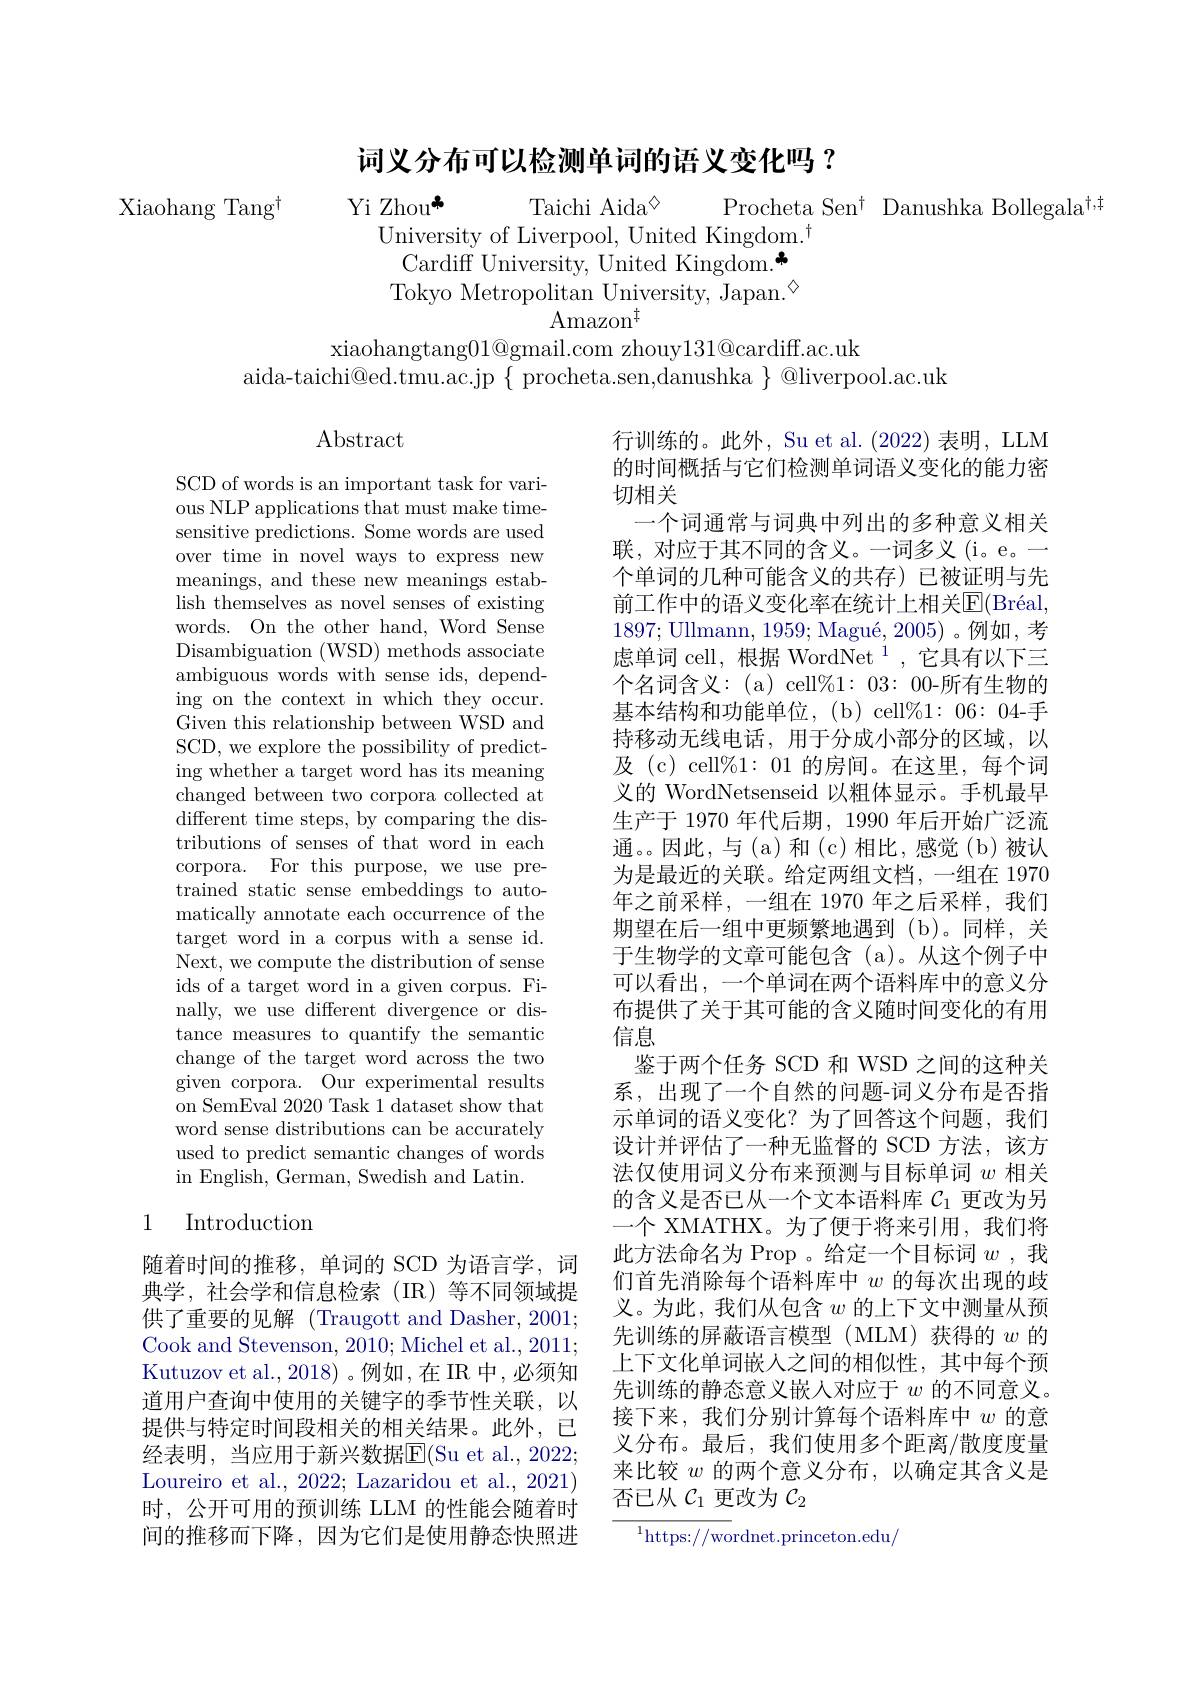
# 词义分布可以检测单词的语义变化吗？

Xiaohang Tang$^{\dagger}$

Yi Zhou* Taichi Aida◇ Procheta Sen$^{\dagger}$ Danushka Bollegala$^{\dagger,\dagger}$
University of Liverpool, United Kingdom.$^{\dagger}$
Cardiff University, United Kingdom.* Tokyo Metropolitan University, Japan.$^{\textcircled{\mathrm{m}}}$
$\operatorname{Amazon}^{\ddagger}$
xiaohangtang$01@$gmail.com zhouy$131@$cardiff.ac.uk
aida-taichi@ed.tmu.ac.jp$\{$procheta.sen,danushka$\}$@liverpool.ac.uk

$\operatorname{Abstract}$

SCD of words is an important task for various NLP applications that must make timesensitive predictions. Some words are used over time in novel ways to express new meanings, and these new meanings establish themselves as novel senses of existing words. On the other hand, Word Sense Disambiguation (WSD) methods associate ambiguous words with sense ids, depending on the context in which they occur. Given this relationship between WSD and SCD, we explore the possibility of predicting whether a target word has its meaning changed between two corpora collected at different time steps, by comparing the distributions of senses of that word in each corpora. For this purpose, we use pretrained static sense embeddings to automatically annotate each occurrence of the target word in a corpus with a sense id. Next, we compute the distribution of sense ids of a target word in a given corpus. Finally, we use different divergence or distance measures to quantify the semantic change of the target word across the two given corpora. Our experimental results on SemEval 2020 Task 1 dataset show that word sense distributions can be accurately used to predict semantic changes of words in English, German, Swedish and Latin.

行训练的。此外，Su et al. (2022) 表明，LLM 的时间概括与它们检测单词语义变化的能力密切相关
一个词通常与词典中列出的多种意义相关联，对应于其不同的含义。一词多义(i。e。一个单词的几种可能含义的共存)已被证明与先前工作中的语义变化率在统计上相关$\overline {\mathrm{E} }( \text{Br\' {e}al}$, 1897; Ullmann, $1959; \text{Magu\' {e}}, 2005)$。例如，考虑单词 cell, 根据 WordNet $^{1}$,它具有以下三个名词含义：(a) cell%1:03: 00-所有生物的基本结构和功能单位，(b)cell$\%1:06:04$-手持移动无线电话，用于分成小部分的区域，以及(c) cell%1: 01 的房间。在这里，每个词义的 WordNetsenseid 以粗体显示。手机最早生产于 1970 年代后期，1990 年后开始广泛流通。因此，与(a)和(c)相比，感觉(b)被认为是最近的关联。给定两组文档，一组在 1970年之前采样，一组在 1970 年之后采样，我们期望在后一组中更频繁地遇到(b)。同样，关于生物学的文章可能包含(a)。从这个例子中可以看出，一个单词在两个语料库中的意义分布提供了关于其可能的含义随时间变化的有用信息
鉴于两个任务 SCD 和 WSD 之间的这种关系，出现了一个自然的问题-词义分布是否指示单词的语义变化？为了回答这个问题，我们设计并评估了一种无监督的 SCD 方法，该方法仅使用词义分布来预测与目标单词$w$相关的含义是否已从一个文本语料库$\mathcal{C}_1$更改为另一个 XMATHX。为了便于将来引用，我们将此方法命名为 Prop 。给定一个目标词$w$ ,我们首先消除每个语料库中$w$的每次出现的歧义。为此，我们从包含$w$的上下文中测量从预先训练的屏蔽语言模型(MLM)获得的$w$的上下文化单词嵌人之间的相似性，其中每个预先训练的静态意义嵌人对应于$w$的不同意义。接下来，我们分别计算每个语料库中$w$的意义分布。最后，我们使用多个距离/散度度量来比较$w$的两个意义分布，以确定其含义是否已从$\mathcal{C}_1$更改为$\mathcal{C}_2$
${^{1}\mathrm{https://wordnet.princeton.edu/}}$

## 1 Introduction

随着时间的推移，单词的 SCD 为语言学，词典学，社会学和信息检索(IR)等不同领域提供了重要的见解(Traugott and Dasher, 2001; Cook and Stevenson, 2010; Michel et al., 2011; Kutuzov et al., 2018) 。例如，在 IR 中，必须知道用户查询中使用的关键字的季节性关联，以提供与特定时间段相关的相关结果。此外，已经表明，当应用于新兴数据$\overline{\mathrm{E}}($Su et al.,2022; Loureiro et al., 2022; Lazaridou et al., 2021) 时，公开可用的预训练 LLM 的性能会随着时间的推移而下降，因为它们是使用静态快照进